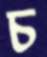
চ